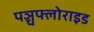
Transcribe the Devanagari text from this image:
पञ्चफ्लोराइड